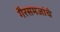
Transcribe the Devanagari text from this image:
गैरसमजांचे